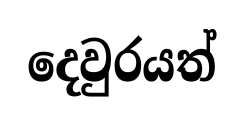
දෙවුරයත්